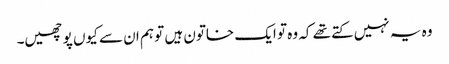
وہ یہ نہیں کتے تھے کہ وہ تو ایک خاتون ہیں تو ہم ان سے کیوں پوچھیں۔